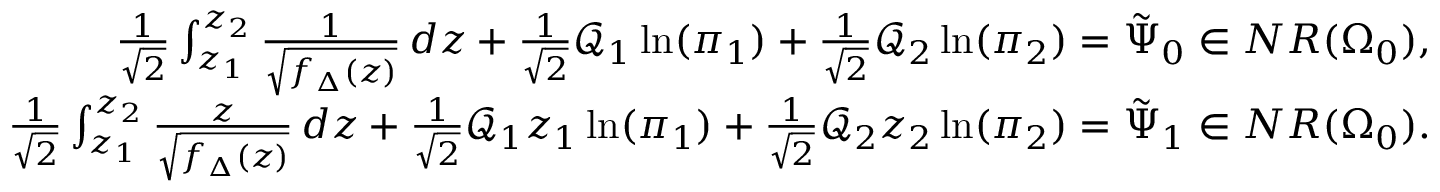
\begin{array} { r } { \frac { 1 } { \sqrt 2 } \int _ { z _ { 1 } } ^ { z _ { 2 } } \frac { 1 } { \sqrt { f _ { \Delta } ( z ) } } \, d z + \frac { 1 } { \sqrt { 2 } } \mathcal Q _ { 1 } \ln ( \pi _ { 1 } ) + \frac { 1 } { \sqrt { 2 } } \mathcal Q _ { 2 } \ln ( \pi _ { 2 } ) = \tilde { \Psi } _ { 0 } \in N R ( \Omega _ { 0 } ) , } \\ { \frac { 1 } { \sqrt 2 } \int _ { z _ { 1 } } ^ { z _ { 2 } } \frac { z } { \sqrt { f _ { \Delta } ( z ) } } \, d z + \frac { 1 } { \sqrt { 2 } } \mathcal Q _ { 1 } z _ { 1 } \ln ( \pi _ { 1 } ) + \frac { 1 } { \sqrt { 2 } } \mathcal Q _ { 2 } z _ { 2 } \ln ( \pi _ { 2 } ) = \tilde { \Psi } _ { 1 } \in N R ( \Omega _ { 0 } ) . } \end{array}